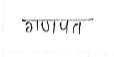
मजकूर: गणपत